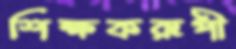
শিক্ষকরূপী